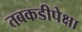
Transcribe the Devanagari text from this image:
तबकडीपेक्षा